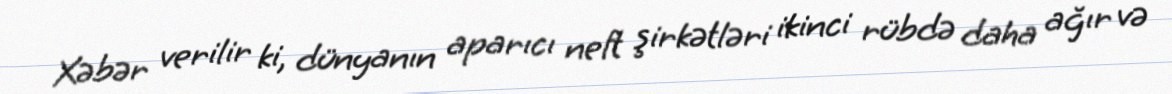
Xəbər verilir ki, dünyanın aparıcı neft şirkətləri ikinci rübdə daha ağır və